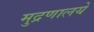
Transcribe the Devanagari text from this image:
मुद्रणालये